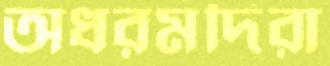
অধরমদিরা